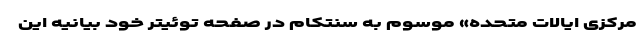
مرکزی ایالات متحده» موسوم به سنتکام در صفحه توئیتر خود بیانیه این